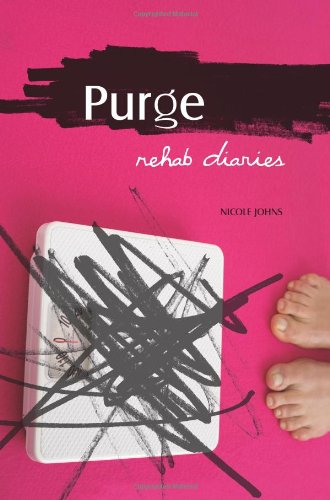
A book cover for Purge: Rehab Diaries; Nicole Johns; Health, Fitness & Dieting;